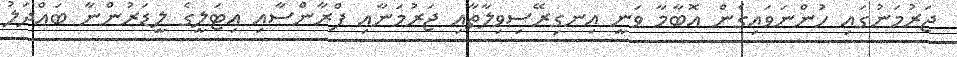
ޖަރުމަނުގައި ހުންނަވައިގެން އޮބާމާ ވަނީ އިނގިރޭސިވިލާތާއި ޖަރުމަނާއި ފްރާންސާއި އިޓަލީގެ ލީޑަރުންނާ ބައްދަލު